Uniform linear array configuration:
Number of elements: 12
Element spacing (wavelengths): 0.5
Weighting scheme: blackman
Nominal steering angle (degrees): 0
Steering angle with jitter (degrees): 1.678
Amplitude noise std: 0.05
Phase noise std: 0.05

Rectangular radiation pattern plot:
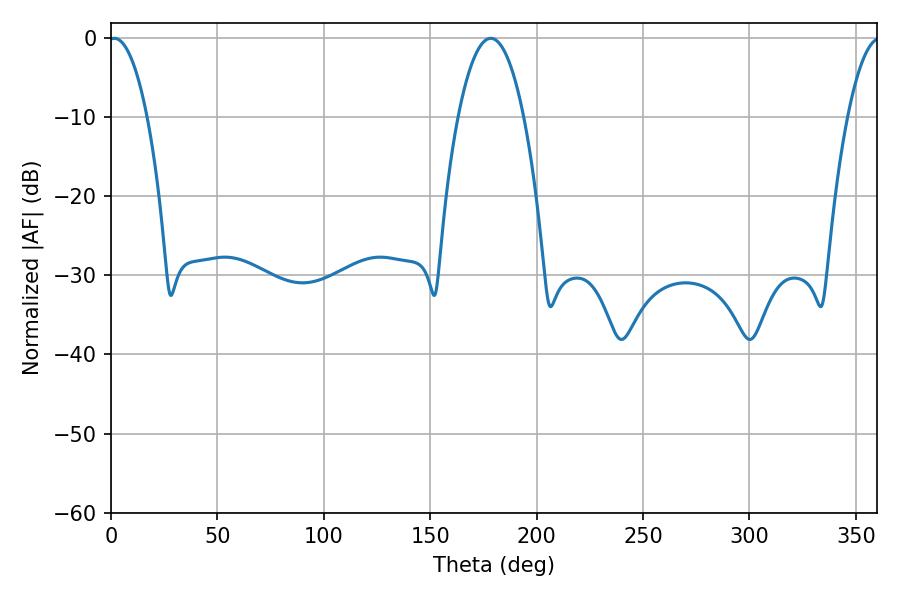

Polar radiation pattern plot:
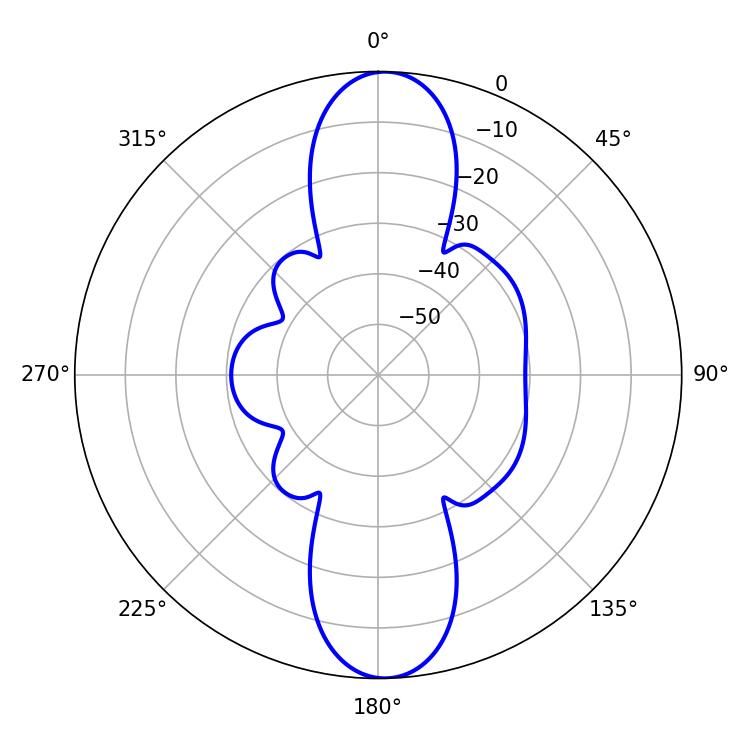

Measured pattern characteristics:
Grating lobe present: FALSE
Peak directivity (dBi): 20.444
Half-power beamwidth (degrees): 10.08
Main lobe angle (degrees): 1.62